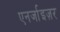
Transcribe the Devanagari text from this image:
एनर्जाइज़र